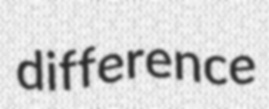
difference